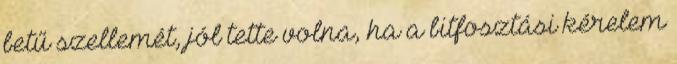
betű szellemét, jól tette volna, ha a bitfosztási kérelem